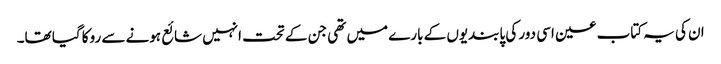
ان کی یہ کتاب عین اسی دور کی پابندیوں کے بارے میں تھی جن کے تحت انہیں شائع ہونے سے روکا گیا تھا۔